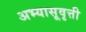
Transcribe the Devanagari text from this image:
अभ्यासूवृत्ती